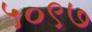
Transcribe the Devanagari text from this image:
५०९७